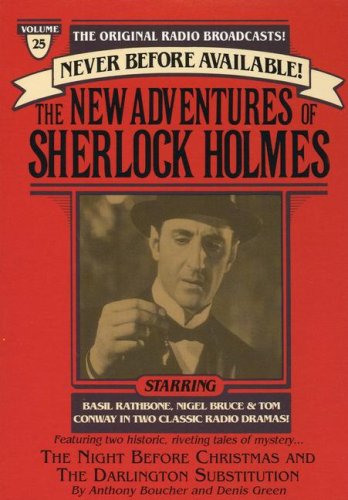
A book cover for NEW ADVENTURES OF SHERLOCK HOLMES #25 (The New Adventure of Sherlock Holmes, Voo 25/Cassette); Anthony Boucher; Humor & Entertainment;